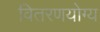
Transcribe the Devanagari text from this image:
वितरणयोग्य